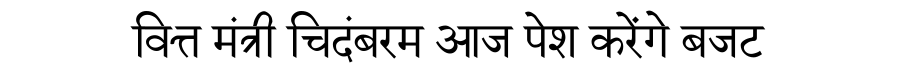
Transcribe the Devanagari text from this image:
वित्त मंत्री चिदंबरम आज पेश करेंगे बजट